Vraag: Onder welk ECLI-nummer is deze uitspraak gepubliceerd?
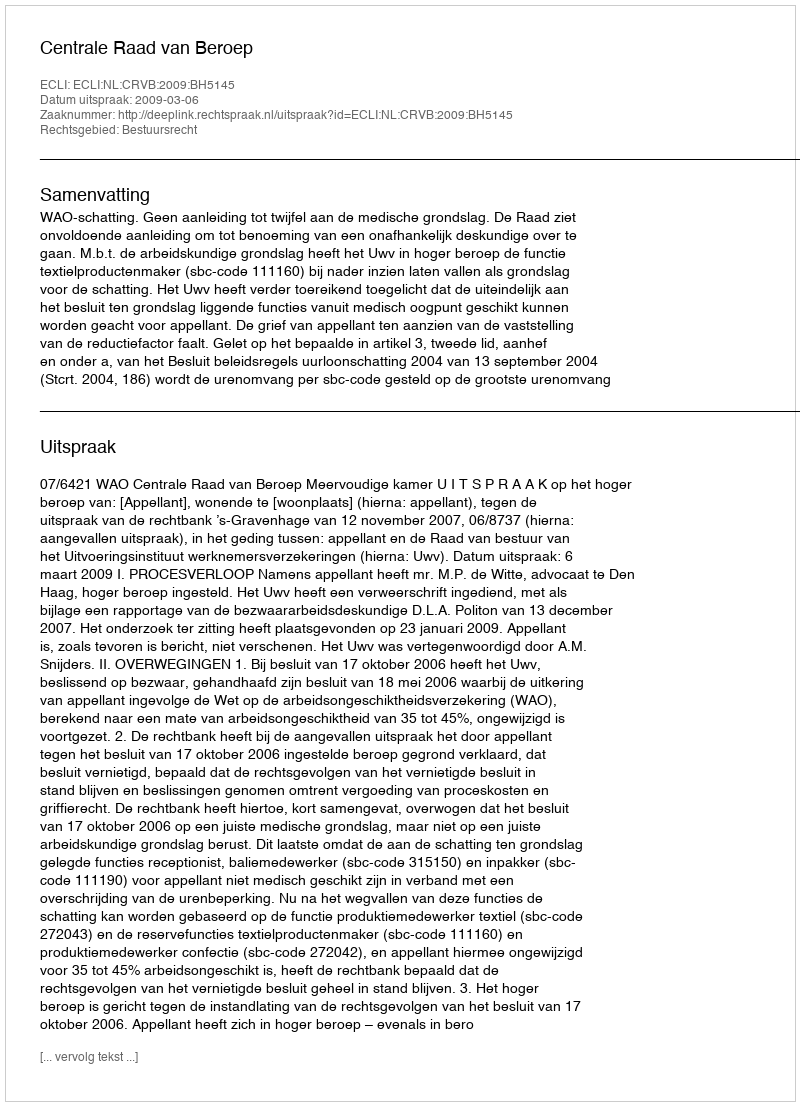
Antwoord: ECLI:NL:CRVB:2009:BH5145